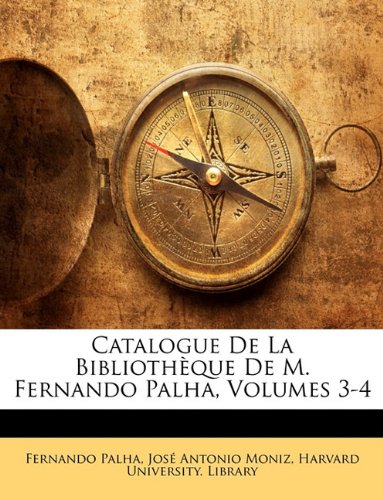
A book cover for Catalogue De La BibliothÃ¨que De M. Fernando Palha, Volumes 3-4 (Portuguese Edition); Crafts, Hobbies & Home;